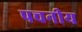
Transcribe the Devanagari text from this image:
पचनीय